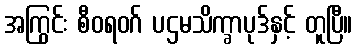
အကြွင်း စီဝရဝဂ် ပဌမသိက္ခာပုဒ်နှင့် တူပြီ။